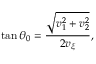
\tan \theta _ { 0 } = \frac { \sqrt { v _ { 1 } ^ { 2 } + v _ { 2 } ^ { 2 } } } { 2 v _ { \xi } } ,